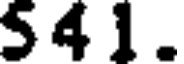
5 4 1 .